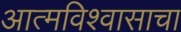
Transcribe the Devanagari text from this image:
आत्मविश्वासाचा